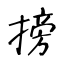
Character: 搒